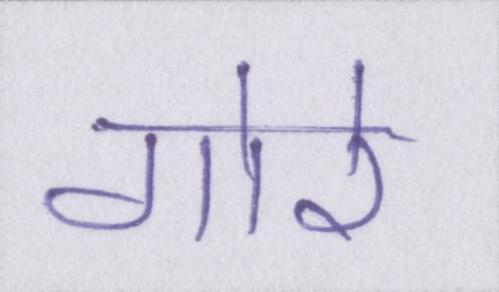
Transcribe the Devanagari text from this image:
गोरे